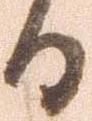
る